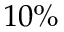
1 0 \%